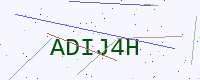
Text: ADIJ4H